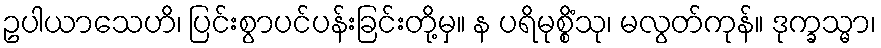
ဥပါယာသေဟိ၊ ပြင်းစွာပင်ပန်းခြင်းတို့မှ။ န ပရိမုစ္စိံသု၊ မလွတ်ကုန်။ ဒုက္ခသ္မာ၊